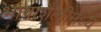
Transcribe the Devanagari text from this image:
भाषाशैलीमध्ये